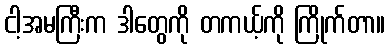
ငါ့အမကြီးက ဒါတွေကို တကယ့်ကို ကြိုက်တာ။